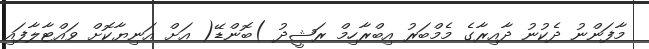
މާފަންނު ދެކުނު ދާއިރާގެ މެމްބަރު އިބްރާހިމް ރަޝީދު )ބޮންޑޭ( އަށް އަނިޔާކޮށް ވައްޓާލާފައި